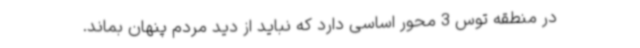
در منطقه توس 3 محور اساسی دارد که نباید از دید مردم پنهان بماند.